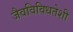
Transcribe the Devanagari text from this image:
जैवविविधतेशी